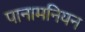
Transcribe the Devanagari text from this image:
पानामनियन